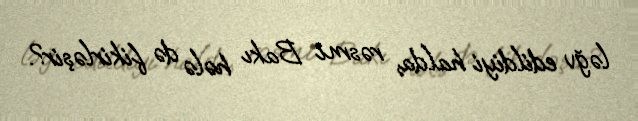
ləğv edildiyi halda, rəsmi Bakı hələ də fikirləşir?.